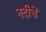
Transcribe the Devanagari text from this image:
नदीचें